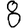
Digit: 8